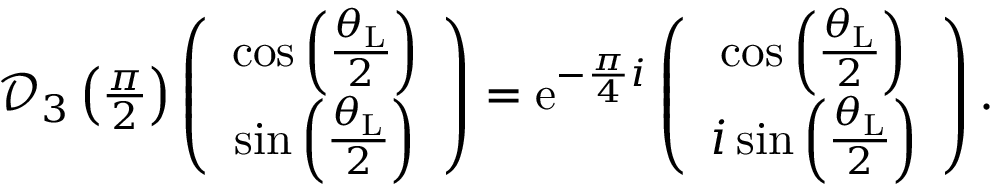
\begin{array} { r } { \mathcal { D } _ { 3 } \left( \frac { \pi } { 2 } \right) \left( \begin{array} { c c } { \cos \left( \frac { \theta _ { \mathrm { L } } } { 2 } \right) } \\ { \sin \left( \frac { \theta _ { \mathrm { L } } } { 2 } \right) } \end{array} \right) = \mathrm { e } ^ { - \frac { \pi } { 4 } i } \left( \begin{array} { c c } { \cos \left( \frac { \theta _ { \mathrm { L } } } { 2 } \right) } \\ { i \sin \left( \frac { \theta _ { \mathrm { L } } } { 2 } \right) } \end{array} \right) . } \end{array}